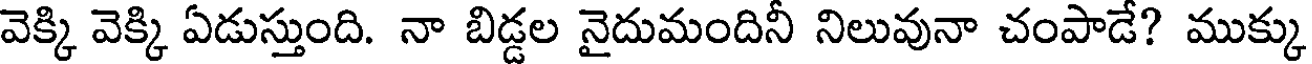
వెక్కి వెక్కి ఏడుస్తుంది. నా బిడ్డల నైదుమందినీ నిలువునా చంపాడే? ముక్కు